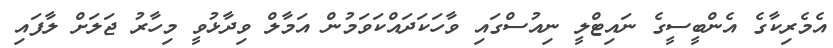
އެމެރިކާގެ އެންބީސީގެ ނައިޓްލީ ނިއުސްގައި ވާހަކަދައްކަވަމުން އަމާލް ވިދާޅުވީ މިހާރު ޖަލަށް ލާފައި